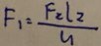
F _ { 1 } = \frac { F _ { 2 } l _ { 2 } } { u }